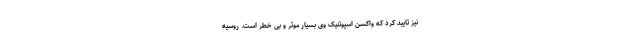
نیز تایید کرد که واکسن اسپوتنیک وی بسیار موثر و بی خطر است. روسیه